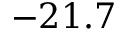
- 2 1 . 7